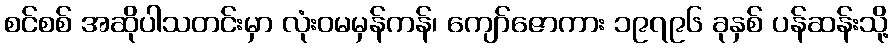
စင်စစ် အဆိုပါသတင်းမှာ လုံးဝမမှန်ကန်၊ ကျော်ဇောကား ၁၉၇၉၆ ခုနှစ် ပန်ဆန်းသို့